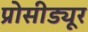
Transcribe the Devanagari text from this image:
प्रोसीड्यूर